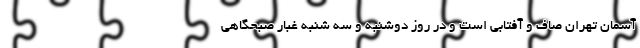
آسمان تهران صاف و آفتابی است و در روز دوشنبه و سه شنبه غبار صبحگاهی